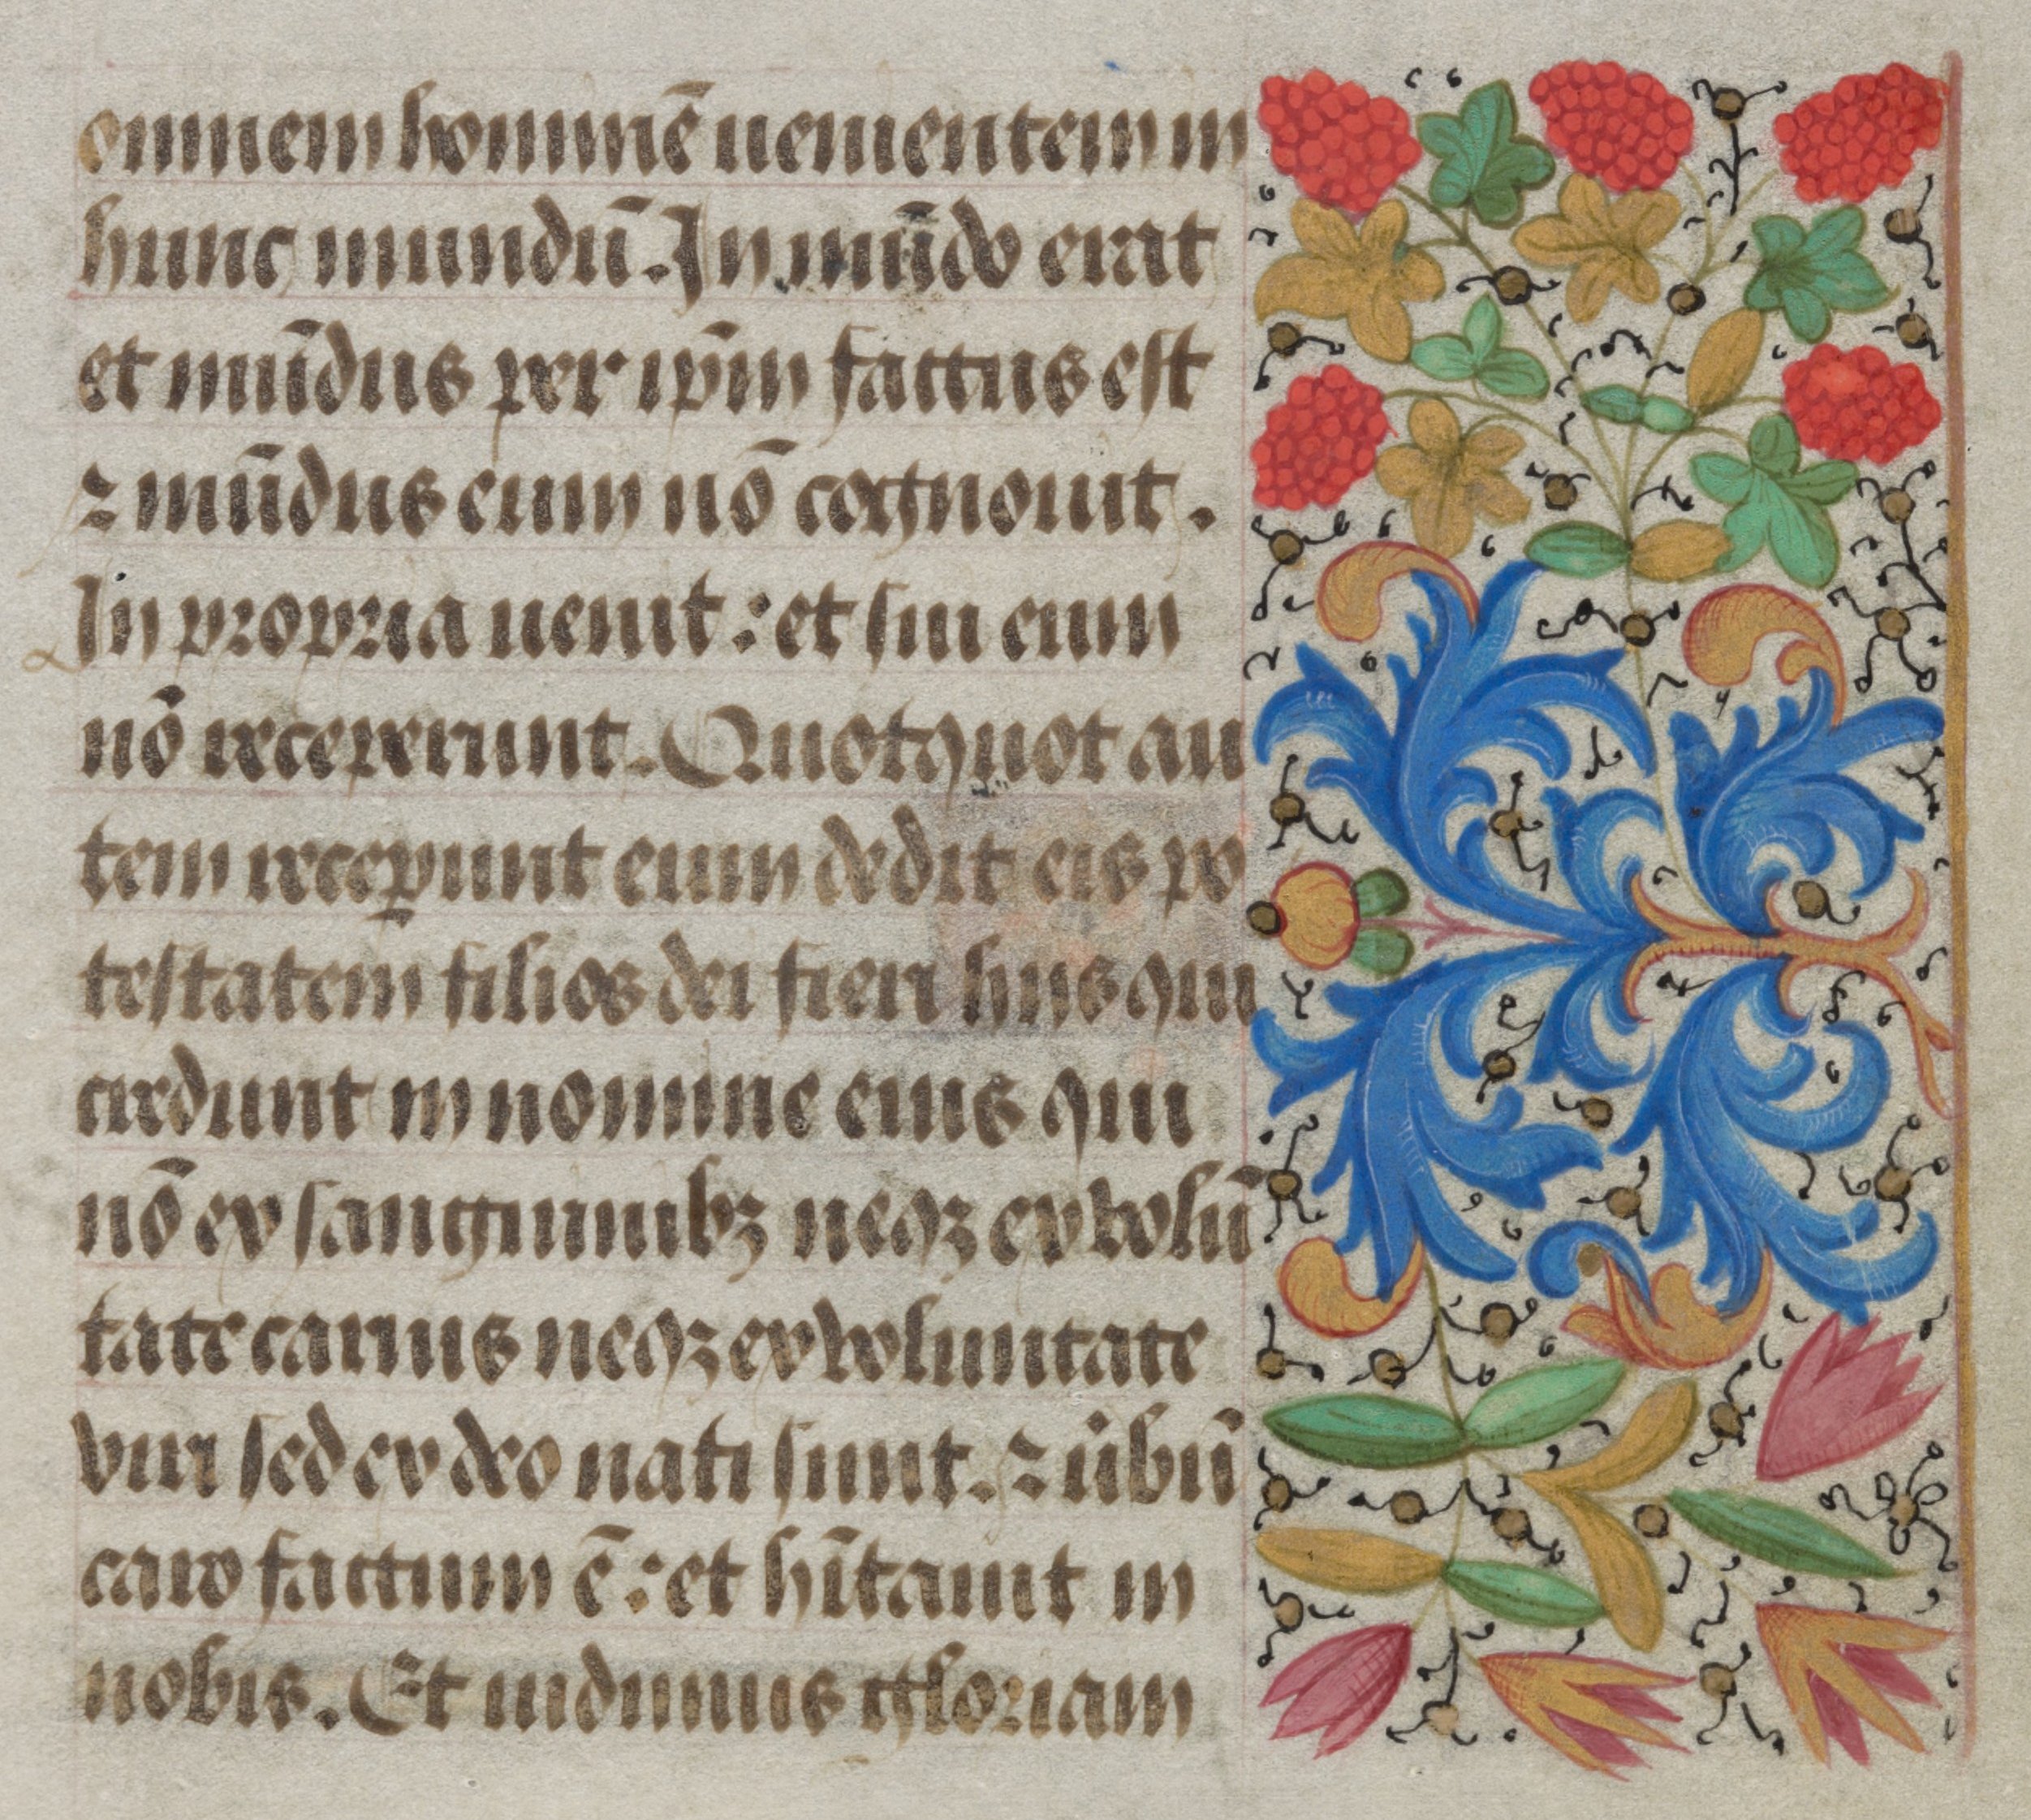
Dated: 1450–1474